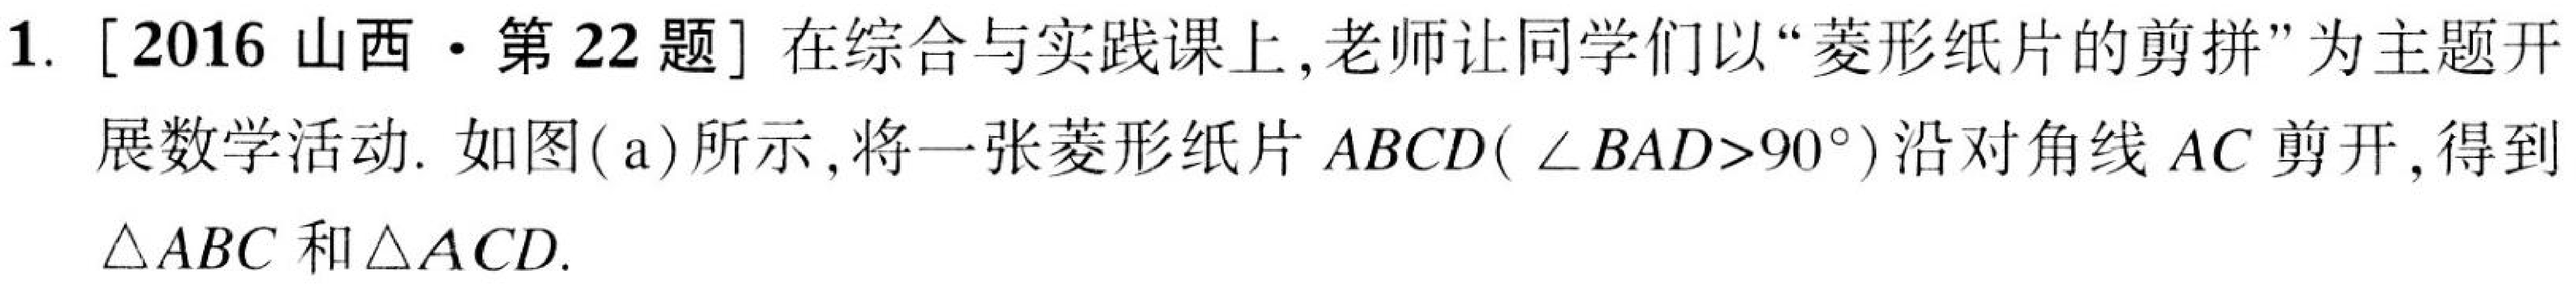
1. [2016 山西·第 22 题] 在综合与实践课上，老师让同学们以“菱形纸片的剪拼”为主题开
展数学活动. 如图(a)所示，将一张菱形纸片 \(ABCD(\angle BAD>90^{\circ})\)沿对角线 \(AC\) 剪开，得到
\(\triangle ABC\) 和 \(\triangle ACD\).